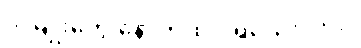
ဒါ မျိုးတွေ နောက်ထပ် ရှိသေးလား။